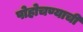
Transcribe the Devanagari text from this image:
पोहोचण्याची